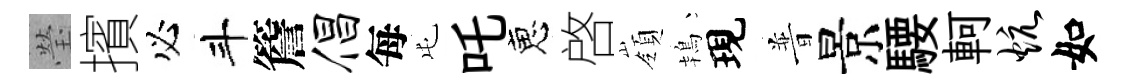
瑩擯必斗簷倡每屯吒恵啓嶺鴇現普景騕軻炕如